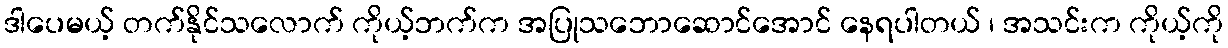
ဒါပေမယ့် တက်နိုင်သလောက် ကိုယ့်ဘက်က အပြုသဘောဆောင်အောင် နေရပါတယ် ၊ အသင်းက ကိုယ့်ကို